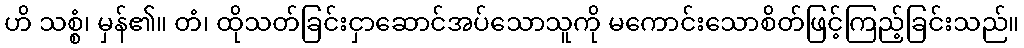
ဟိ သစ္စံ၊ မှန်၏။ တံ၊ ထိုသတ်ခြင်းငှာဆောင်အပ်သောသူကို မကောင်းသောစိတ်ဖြင့်ကြည့်ခြင်းသည်။